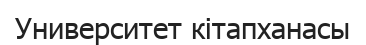
Университет кітапханасы